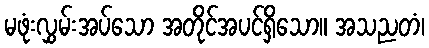
မဖုံးလွှမ်းအပ်သော အတိုင်အပင်ရှိသော။ အသညတံ၊